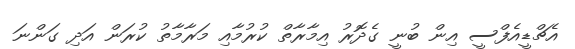
އެޗްޑީއެފްސީ އިން ބުނީ ގެދޮރު އިމާރާތް ކުރުމާއި މަރާމާތު ކުރަން އަދި ގަންނަ